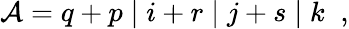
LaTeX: {\cal A}=q+p\; \vert\; i+r\; \vert\; j+s\; \vert\; k\; \; ,